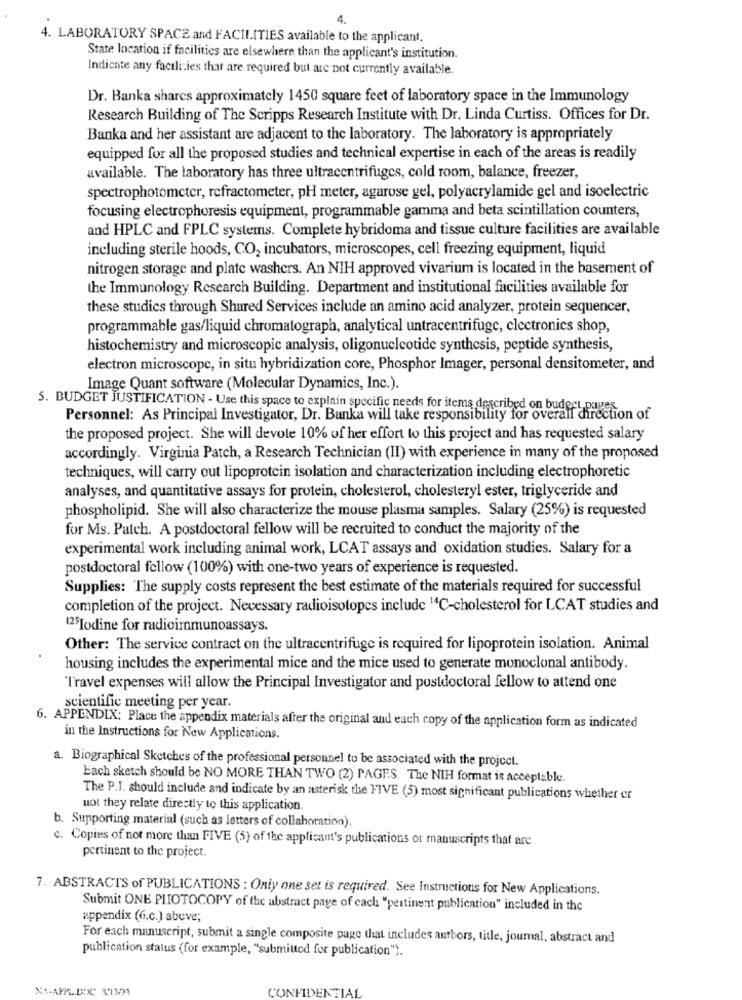
4. LABORATORY SPACE and FACILITIES available to the applicant.
State location if facilities are elsewhere than the applicant's institution.
Indicate any facilities that are required but are not currently available.
Dr. Banka shares approximately 1450 square feet of laboratory space in the Immunology
Research Building of The Scripps Research Institute with Dr. Linda Curtiss. Offices for Dr.
Banka and her assistant are adjacent to the laboratory. The laboratory is appropriately
equipped for all the proposed studies and technical expertise in each of the areas is readily
available. The laboratory has three ultracentrifuges, cold room, balance, freezer,
spectrophotometer, refractometer, pH meter, agarose gel, polyacrylamide gel and isoelectric
focusing electrophoresis equipment, programmable gamma and beta scintillation counters,
and HPLC and FPLC systems. Complete hybridoma and tissue culture facilities are available
including sterile hoods, CO2 incubators, microscopes, cell freezing equipment, liquid
nitrogen storage and plate washers. An NIH approved vivarium is located in the basement of
the Immunology Research Building. Department and institutional facilities available for
these studies through Shared Services include an amino acid analyzer, protein sequencer,
programmable gas/liquid chromatograph, analytical untracentrifuge, clectronics shop,
histochemistry and microscopic analysis, oligonucleotide synthesis, peptide synthesis,
electron microscope, in situ hybridization core, Phosphor Imager, personal densitometer, and
Image Quant software (Molecular Dynamics, Inc.).
5. BUDGET JUSTIFICATION - Use this space to explain specific needs for items described on budecu pages
Personnel: As Principal Investigator, Dr. Banka will take responsibility for overall direction of
the proposed project. She will devote 10% of her effort to this project and has requested salary
accordingly. Virginia Patch, a Research Technician (II) with experience in many of the proposed
techniques, will carry out lipoprotein isolation and characterization including electrophoretic
analyses, and quantitative assays for protein, cholesterol, cholesteryl ester, triglyceride and
phospholipid. She will also characterize the mouse plasma samples. Salary (25%) is requested
for Ms. Patch. A postdoctoral fellow will be recruited to conduct the majority of the
experimental work including animal work, LCAT assays and oxidation studies. Salary for a
postdoctoral fellow (100%) with one-two years of experience is requested.
Supplies: The supply costs represent the best estimate of the materials required for successful
completion of the project. Necessary radioisotopes include 14℃-cholesterol for LCAT studies and
125Iodine for radioimmunoassays.
Other: The service contract on the ultracentrifuge is required for lipoprotein isolation. Animal
housing includes the experimental mice and the mice used to generate monoclonal antibody.
"Travel expenses will allow the Principal Investigator and postdoctoral fellow to attend one
scientific meeting per year.
6. APPENDIX: Place the appendix materials after the original and each copy of the application form as indicated
in the Instructions for New Applications.
a. Biographical Sketches of the professional personnel to be associated with the project.
bach sketch should be NO MORE THAN TWO (2) PAGES. The NIH format is acceptable.
The P.I. should include and indicate by an asterisk the FIVE (5) most significant publications whether or
uot they relate directly to this application.
b. Supporting material (such as letters of collaboration).
c. Copies of not more than FIVE (5) of the applicant's publications or manuscripts that are
pertinent to the project.
7. ABSTRACTS of PUBLICATIONS : Only one set is required. See Instructions for New Applications.
Submit ONE PIIOTOCOPY of the abstract page of each "pertinent publication" included in the
appendix (6.c.) above;
For each manuscript, submit a single composite page that includes authors, title, journal, abstract and
publication status (for example, "submitted for publication").
CONFIDENTIAL